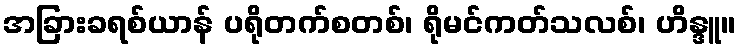
အခြားခရစ်ယာန် ပရိုတက်စတစ်၊ ရိုမင်ကတ်သလစ်၊ ဟိန္ဒူ။